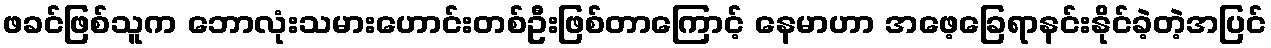
ဖခင်ဖြစ်သူက ဘောလုံးသမားဟောင်းတစ်ဦးဖြစ်တာကြောင့် နေမာဟာ အဖေ့ခြေရာနင်းနိုင်ခဲ့တဲ့အပြင်